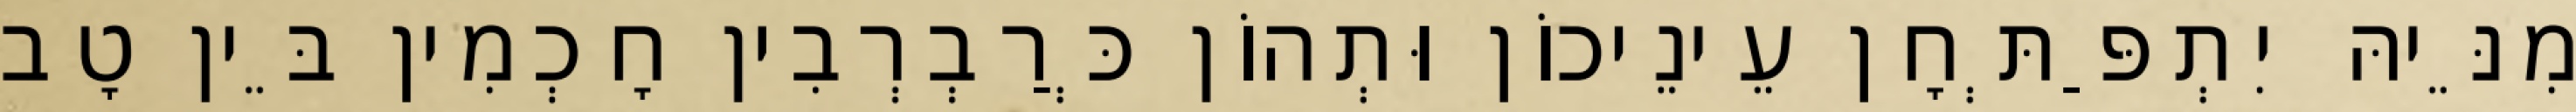
מִנֵּיהּ יִתְפַּתְּחָן עֵינֵיכוֹן וּתְהוֹן כְּרַבְרְבִין חָכְמִין בֵּין טָב